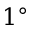
1 ^ { \circ }